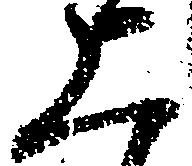
上